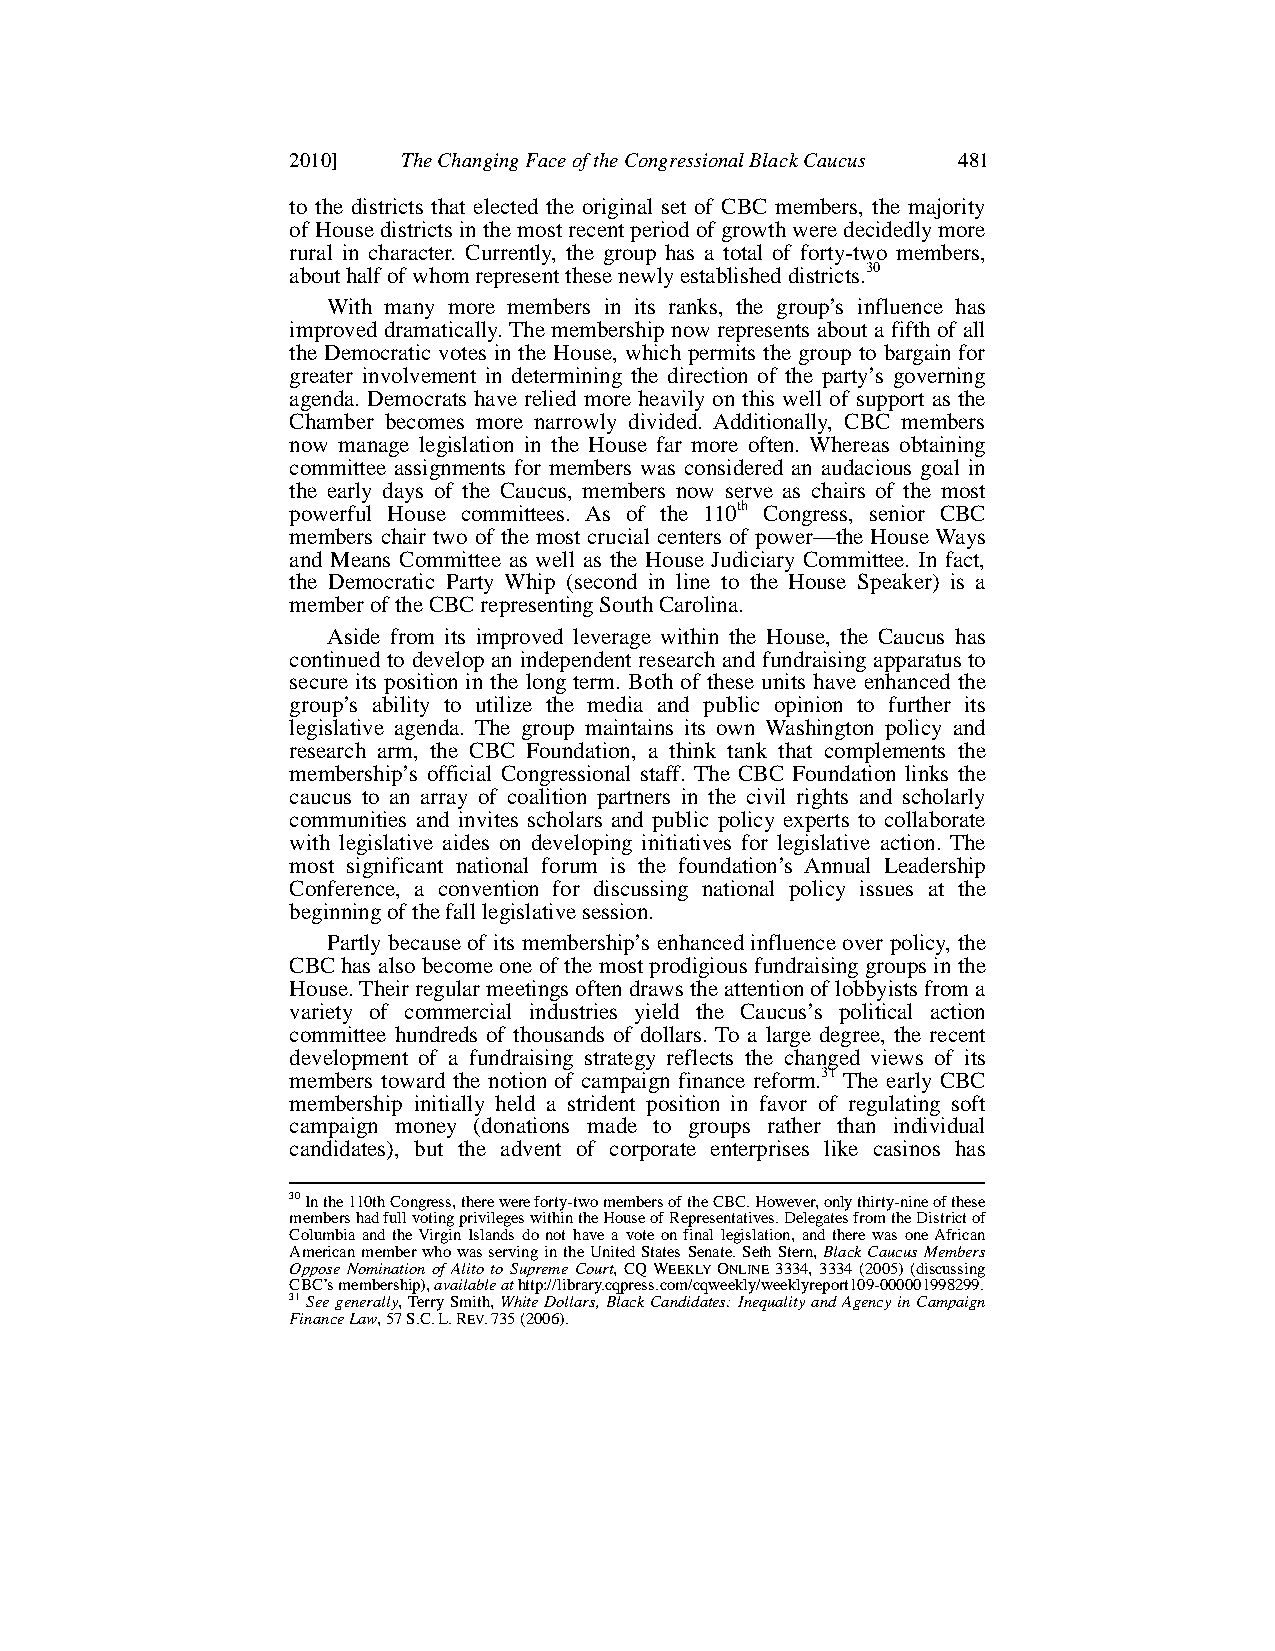
2010]   The Changing Face of the Congressional Black Caucus 481
 to the districts that elected the original set of CBC members, the majority
 of House districts in the most recent period of growth were decidedly more
 rural in character. Currently, the group has a total of forty-two members,
 about half of whom represent these newly established districts.30
 With many more members in its ranks, the group’s influence has
 improved dramatically. The membership now represents about a fifth of all
 the Democratic votes in the House, which permits the group to bargain for
 greater involvement in determining the direction of the party’s governing
 agenda. Democrats have relied more heavily on this well of support as the
 Chamber becomes more narrowly divided. Additionally, CBC members
 now manage legislation in the House far more often. Whereas obtaining
 committee assignments for members was considered an audacious goal in
 the early days of the Caucus, members now serve as chairs of the most
 powerful House committees. As of the 110th Congress, senior CBC
 members chair two of the most crucial centers of power—the House Ways
 and Means Committee as well as the House Judiciary Committee. In fact,
 the Democratic Party Whip (second in line to the House Speaker) is a
 member of the CBC representing South Carolina.
 Aside from its improved leverage within the House, the Caucus has
 continued to develop an independent research and fundraising apparatus to
 secure its position in the long term. Both of these units have enhanced the
 group’s ability to utilize the media and public opinion to further its
 legislative agenda. The group maintains its own Washington policy and
 research arm, the CBC Foundation, a think tank that complements the
 membership’s official Congressional staff. The CBC Foundation links the
 caucus to an array of coalition partners in the civil rights and scholarly
 communities and invites scholars and public policy experts to collaborate
 with legislative aides on developing initiatives for legislative action. The
 most significant national forum is the foundation’s Annual Leadership
 Conference, a convention for discussing national policy issues at the
 beginning of the fall legislative session.
 Partly because of its membership’s enhanced influence over policy, the
 CBC has also become one of the most prodigious fundraising groups in the
 House.Their regular meetingsoften draws the attention of lobbyists from a
 variety of commercial industries yield the Caucus’s political action
 committee hundreds of thousands of dollars. To a large degree, the recent
 development of a fundraising strategy reflects the changed views of its
 members toward the notion of campaign finance reform.31 The early CBC
 membership initially held a strident position in favor of regulating soft
 campaign money (donations made to groups rather than individual
 candidates), but the advent of corporate enterprises like casinos has
 30In the 110thCongress, there were forty-two members of the CBC. However, only thirty-nine of these
 members had full voting privileges within the House of Representatives. Delegates from the Districtof
 Columbia and the Virgin Islands do not have a vote on final legislation, and there was one African
 American member who was serving in the United States Senate. Seth Stern, Black Caucus Members
 Oppose Nomination of Alito to Supreme Court, CQWEEKLY ONLINE 3334, 3334 (2005) (discussing
 CBC’s membership), available athttp://library.cqpress.com/cqweekly/weeklyreport109-000001998299.
 31 Seegenerally,Terry Smith, White Dollars, Black Candidates: Inequality and Agency in Campaign
 Finance Law, 57S.C.L.REV.735(2006).